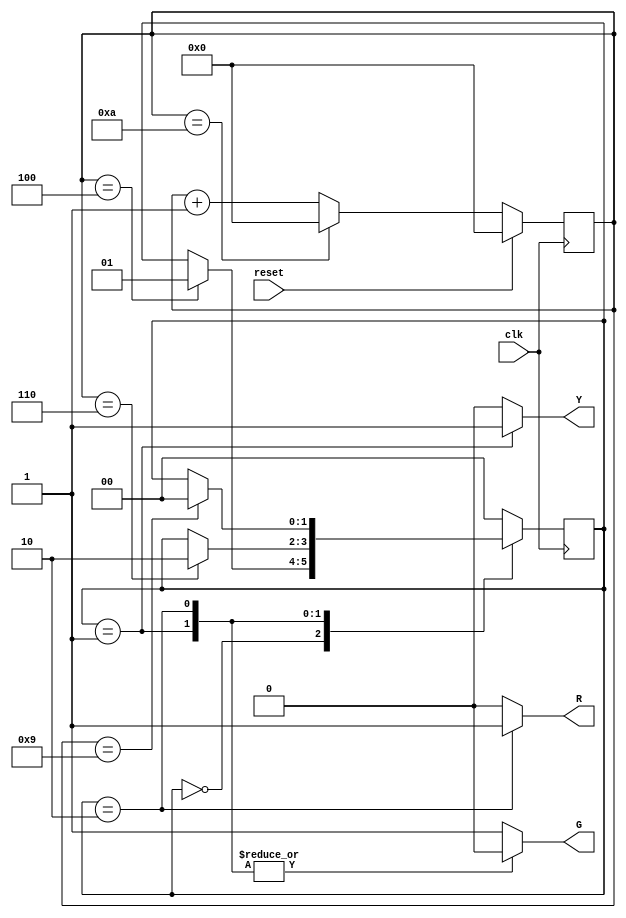
module trafficlights(clk,reset,R,G,Y);
  input clk,reset;
  output reg R=0,Y=0,G=0;
  
  parameter s0=2'b00,s1=2'b01,s2=2'b10;
 
  reg [0:1] state; // R=3sec Y=2sec G=4sec here input is not x , time is input here i.e clock is input so take counters concept(counters concept depend on time).
  reg [3:0] count;
  
  always@(posedge clk)
    begin
      if(reset)
        count<=4'd0;
      else if(count==4'b1010)
        count<=4'd0;
      else
        count<=count+1;
      
      case(state)
        s0:begin
          if(count==4)
            state<=s1;
        end
        s1:begin
          if(count==6)
            state<=s2;
        end
        s2:begin
          if(count==9)
            state<=s0;
        end
        default:begin
          state<=s0;
        end
      endcase
    end
  
  always@(state)
    begin
      case(state)
        s0: begin
          {G,Y,R}=3'b100;
        end
        s1:begin
          {Y,G,R}=3'b100;
        end
        s2: begin
          {R,Y,G}=3'b100;
        end
        default:begin
          {G,Y,R}=3'b100;
        end
      endcase
    end
endmodule